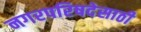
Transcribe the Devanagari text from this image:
नगरपरिषदेसाठी